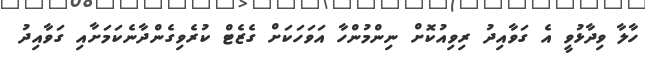
ހާލާ ވިދާޅުވީ އެ ގަވާއިދު ރިވިއުކޮށް ނިންމުންހާ އަވަހަކަށް ގެޒެޓް ކުރެވިގެންދާނެކަމަށާއި ގަވާއިދު